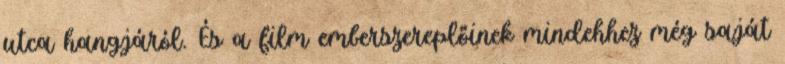
utca hangjáról. És a film emberszereplőinek mindehhez még saját